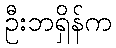
ဦးဘရှိန်က